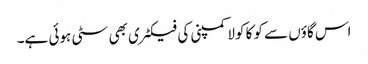
اس گاؤں سے کوکا کولا کمپنی کی فیکٹری بھی سٹی ہوئی ہے۔